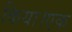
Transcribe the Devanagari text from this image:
किया।एक